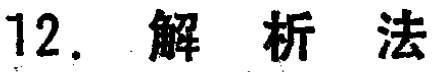
12. 解析法